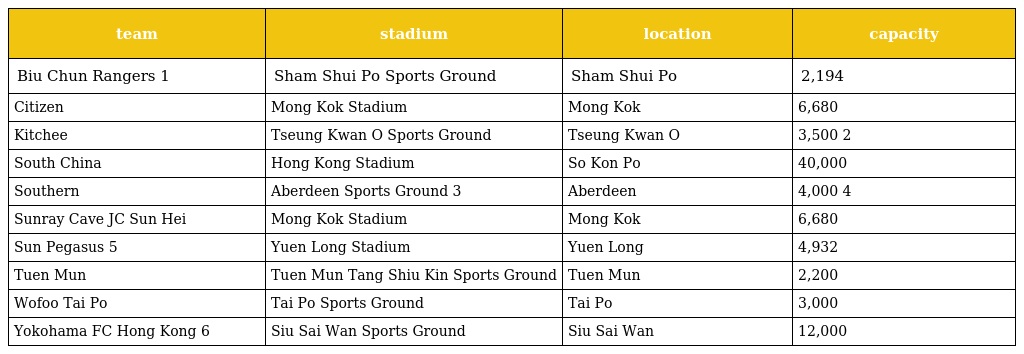
| team | stadium | location | capacity |
 | --- | --- | --- | --- |
 | Biu Chun Rangers 1 | Sham Shui Po Sports Ground | Sham Shui Po | 2,194 |
 | Citizen | Mong Kok Stadium | Mong Kok | 6,680 |
 | Kitchee | Tseung Kwan O Sports Ground | Tseung Kwan O | 3,500 2 |
 | South China | Hong Kong Stadium | So Kon Po | 40,000 |
 | Southern | Aberdeen Sports Ground 3 | Aberdeen | 4,000 4 |
 | Sunray Cave JC Sun Hei | Mong Kok Stadium | Mong Kok | 6,680 |
 | Sun Pegasus 5 | Yuen Long Stadium | Yuen Long | 4,932 |
 | Tuen Mun | Tuen Mun Tang Shiu Kin Sports Ground | Tuen Mun | 2,200 |
 | Wofoo Tai Po | Tai Po Sports Ground | Tai Po | 3,000 |
 | Yokohama FC Hong Kong 6 | Siu Sai Wan Sports Ground | Siu Sai Wan | 12,000 |